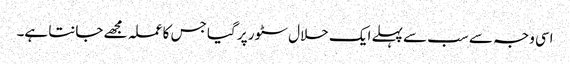
اسی وجہ سے سب سے پہلے ایک حلال سٹور پر گیا جس کا عملہ مجھے جانتا ہے۔